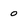
Character: o